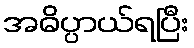
အဓိပ္ပာယ်ရပြီး